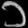
Digit: ၁